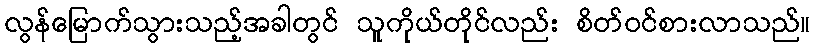
လွန်မြောက်သွားသည့်အခါတွင် သူကိုယ်တိုင်လည်း စိတ်ဝင်စားလာသည်။